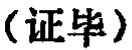
（证毕）